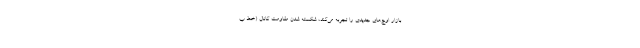
بازار اوج‌های جدیدی را تجربه می‌کند، شکسته شدن مقاومت کانال (خط ب